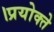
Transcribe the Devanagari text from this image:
।प्रयोक्ते